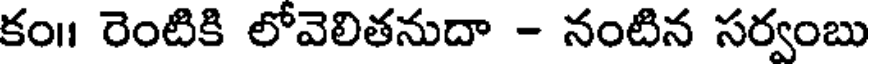
కం॥ రెంటికి లోవెలితనుదా - నంటిన సర్వంబు